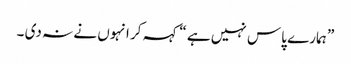
” ہمارے پاس نہیں ہے “کہہ کر انہوں نے نہ دی ۔